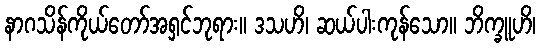
နာဂသိန်ကိုယ်တော်အရှင်ဘုရား။ ဒသဟိ၊ ဆယ်ပါးကုန်သော။ ဘိက္ခူဟိ၊